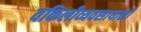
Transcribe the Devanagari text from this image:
वकिलीव्यवसायाशी